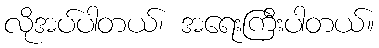
လိုအပ်ပါတယ်၊ အရေးကြီးပါတယ်။